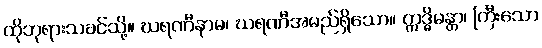
ထိုဘုရားသခင်သို့။ ဃရဏီနာမ၊ ဃရဏီအမည်ရှိသော။ ဣဒ္ဓိမန္တာ၊ ကြီးသော